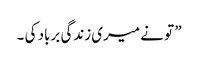
” تو نے میری زندگی برباد کی ۔